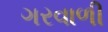
ગરવાળી